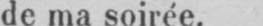
de ma soirée.